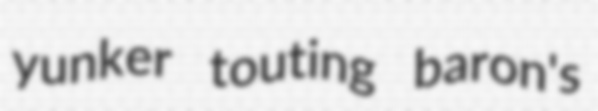
yunker touting baron's